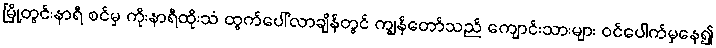
မြို့တွင်းနာရီ စင်မှ ကိုးနာရီထိုးသံ ထွက်ပေါ်လာချိန်တွင် ကျွန်တော်သည် ကျောင်းသားများ ဝင်ပေါက်မှနေ၍